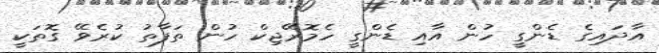
އާދައިގެ ޑެންގީ ހުން އާއި ޑެންގީ ހެމޮރޭޖިކް ހުން ތަފާތު ކުރެވޭ ގޮތަކީ